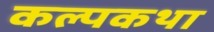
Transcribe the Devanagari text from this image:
कल्पकथा